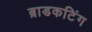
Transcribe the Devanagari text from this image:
ब्राडकटिंग